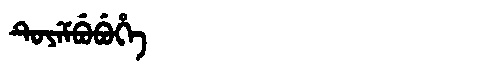
Manchu: ᡨᡠᠶᡝᠮᠪᡠᠪᡠᡥᡝ
Romanization: TUYEMBUBUHE